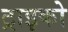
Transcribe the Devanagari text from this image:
ट्राइको